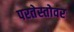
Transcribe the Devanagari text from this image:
परतेस्तोवर